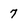
Character: 7